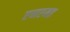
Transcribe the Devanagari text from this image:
एनएमइ